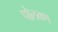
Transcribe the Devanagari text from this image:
पोलवण